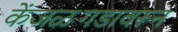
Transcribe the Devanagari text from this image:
केंजळगडावरून